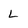
Character: L